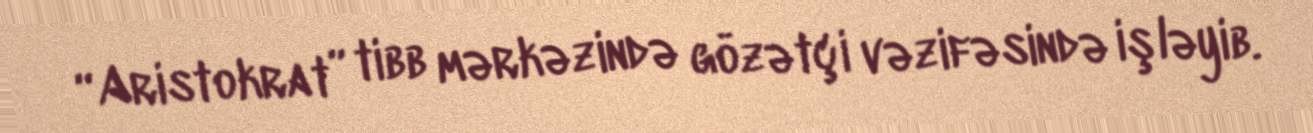
“Aristokrat” tibb mərkəzində gözətçi vəzifəsində işləyib.